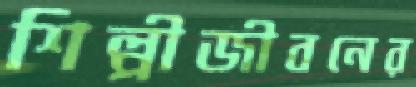
শিল্পীজীবনের